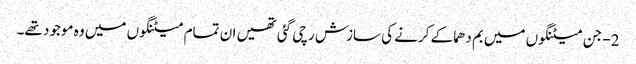
2- جن میٹنگوں میں بم دھماکے کرنے کی سازش رچی گئی تھیں ان تمام میٹنگوں میں وہ موجود تھے۔